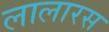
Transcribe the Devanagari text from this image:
लालारस